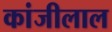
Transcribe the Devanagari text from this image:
कांजीलाल